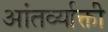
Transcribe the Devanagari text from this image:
आंतर्व्याक्ती